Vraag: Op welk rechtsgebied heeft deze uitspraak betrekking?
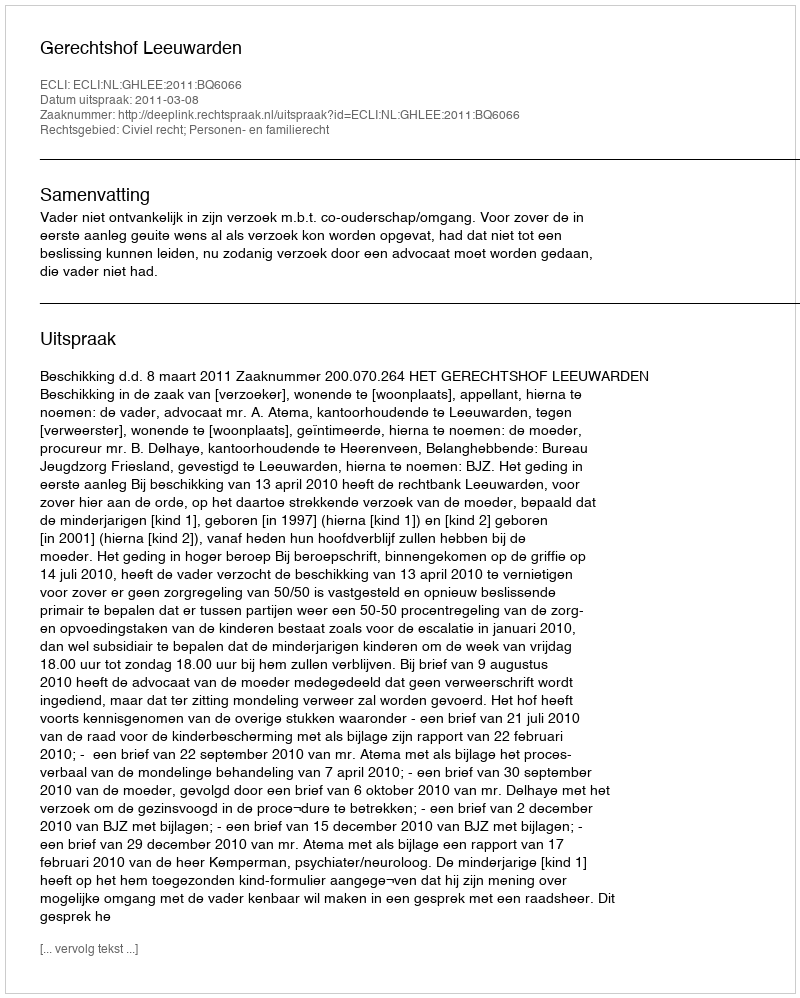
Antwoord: Civiel recht; Personen- en familierecht